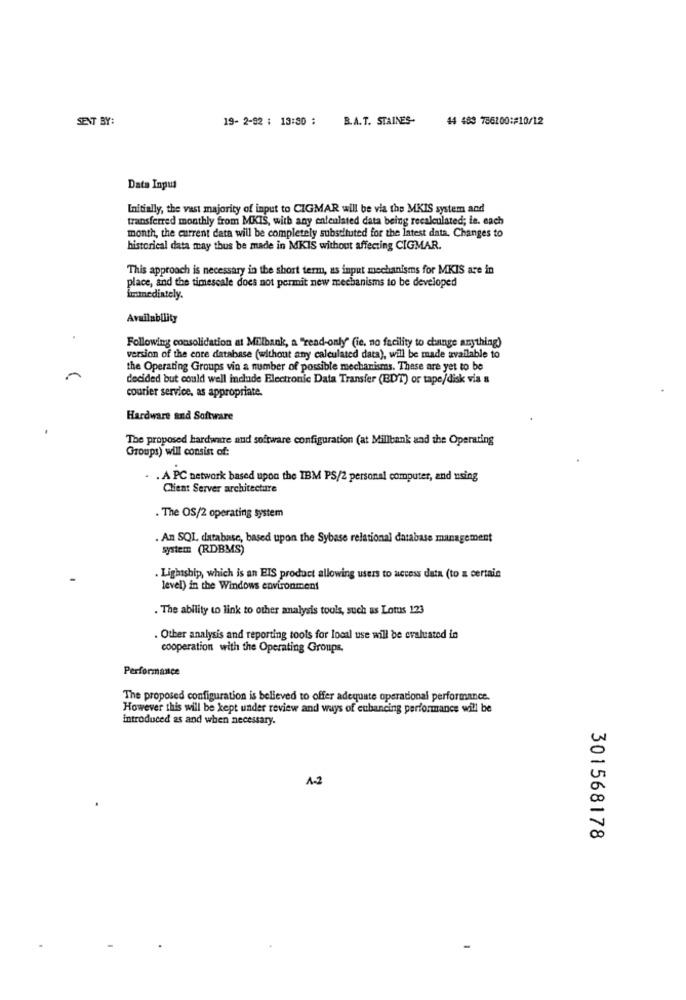
SENT BY:
19- 2-92 : 13:30 :
B.A. T. STAINES-
44 483 786200:#10/12
Data Input
Initially, the vast majority of input to CIGMAR will be via the MKIS system and
transferred monthly from MKIS, with any enleulated data being recalculated; is. each
month, the current data will be completely substituted for the latest data. Changes to
historical data may thus be made in MKIS without affecting CIGMAR.
This approach is necessary in the short term, as input mechanisms for MKIS are in
place, and the timescale does not permit new mechanisms to be developed
immediately.
Availability
Following consolidation at Milbank, a "read-only" (ie, no facility to change anything)
version of the core database (without any calculated data), will be made available to
the Operating Groups via a number of possible mechanisms. These are yet to be
decided but could well include Electronic Data Transfer (BDT) or tape/disk via a
courier service, as appropriate.
Hardware and Software
The proposed hardware and software configuration (at Millbank and the Operating
Groups) will consist of:
. A PC network based upon the IBM PS/2 personal computer, and using
Client Server architecture
. The OS/2 operating system
. An SQL database, based upon the Sybase relational database management
system (RDBMS)
. Lightship, which is an EIS product allowing users to access data (to a certain
level) in the Windows environment
. The ability to link to other analysis tools, such as Lotus 123
. Other analysis and reporting tools for local use will be evaluated in
cooperation with the Operating Groups.
Performance
The proposed configuration is believed to offer adequate operacional performance.
However this will be kept under review and ways of cubancing performance will be
introduced as and when necessary.
A-2
301568178